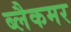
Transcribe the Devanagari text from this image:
ब्लैकमर